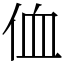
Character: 侐